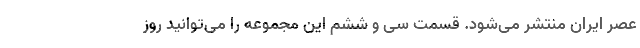
عصر ایران منتشر می‌شود. قسمت سی و ششم این مجموعه را می‌توانید روز